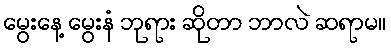
မွေးနေ့ မွေးနံ ဘုရား ဆိုတာ ဘာလဲ ဆရာမ။